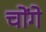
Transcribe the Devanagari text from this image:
चोंगे